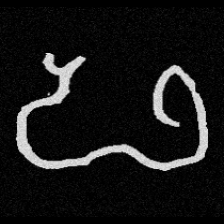
Pyu character \u2014 Myanmar letter: ဖ (romanized: pha)